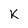
Character: k